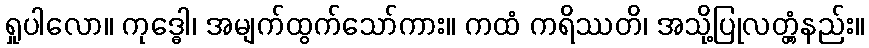
ရှုပါလော။ ကုဒ္ဓေါ၊ အမျက်ထွက်သော်ကား။ ကထံ ကရိဿတိ၊ အသို့ပြုလတ္တံ့နည်း။